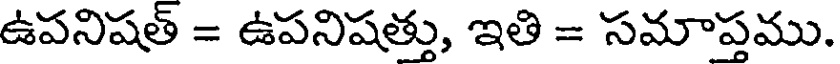
ఉపనిషత్ = ఉపనిషత్తు, ఇతి = సమాప్తము.